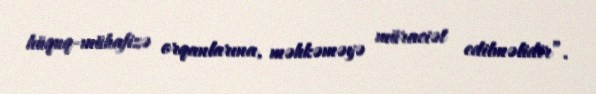
hüquq-mühafizə orqanlarına, məhkəməyə müraciət edilməlidir”.